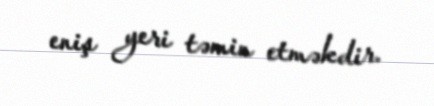
eniş yeri təmin etməkdir.